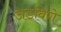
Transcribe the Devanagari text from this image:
अडविणे